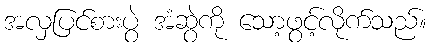
အလှပြင်စားပွဲ အံဆွဲကို သော့ဖွင့်လိုက်သည်။